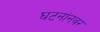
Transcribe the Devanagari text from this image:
घटनांनवर